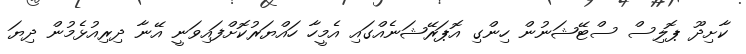
ކާށިދޫ ޕޮލިސް ސްޓޭޝަނުން ހިންގި އޮޕަރޭޝަނެއްގައި އެމީހާ ހައްޔަރުކޮށްފައިވަނީ އޭނާ ދިރިއުޅެމުން ދިޔަ